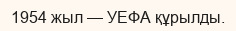
1954 жыл — УЕФА құрылды.